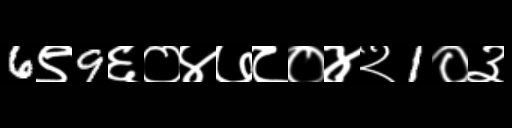
Text: 6९9६०४७८०४२1०३